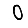
Digit: 0